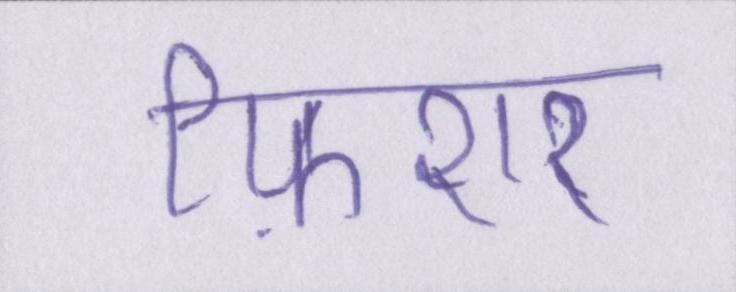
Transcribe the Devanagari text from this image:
फ़िशर